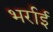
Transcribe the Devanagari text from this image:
भर्राई